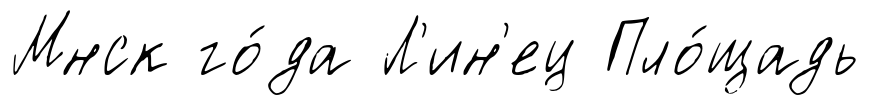
Мнск го́да Л'ин'ец Пло́щадь